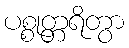
ပစ္စုတ္တရိတွာ